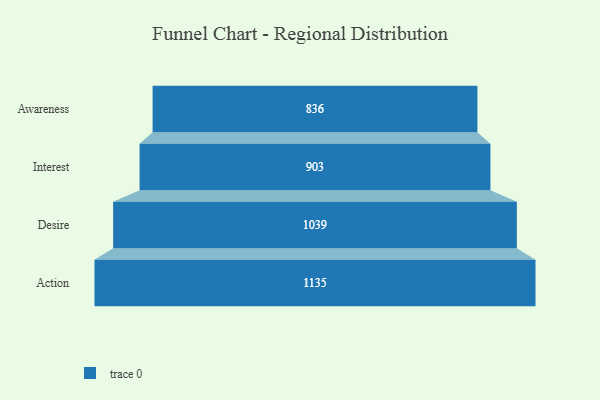
{"axis": {"x": "Stage", "y": "Value"}, "legend": [""], "data": [{"x": "Awareness", "y": 836.0, "type": ""}, {"x": "Interest", "y": 903.0, "type": ""}, {"x": "Desire", "y": 1039.0, "type": ""}, {"x": "Action", "y": 1135.0, "type": ""}]}